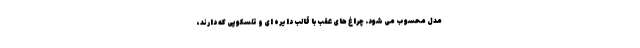
مدل محسوب می شود. چراغ های عقب با قالب دایره ای و تلسکوپی که دارند،